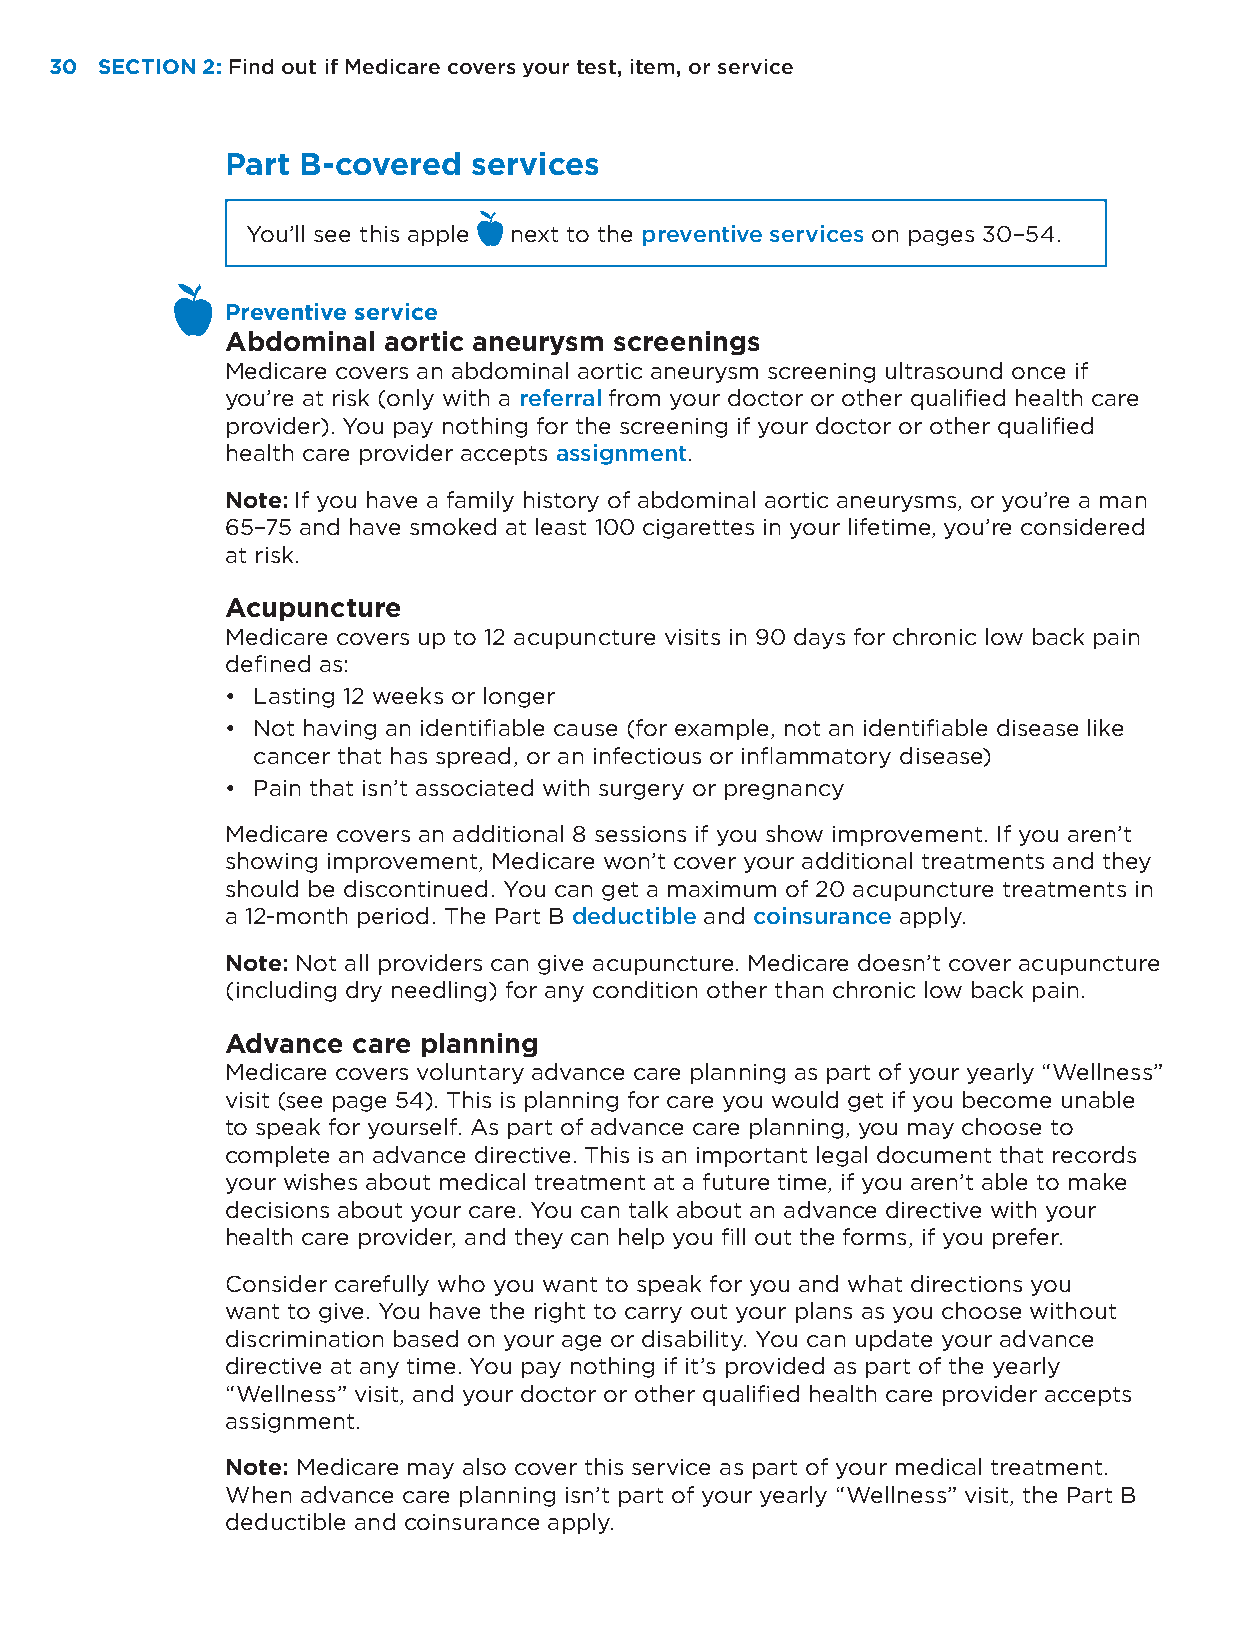
30 SECTION 2: Find out if Medicare covers your test, item, or service
 Part B-covered  services
 You’ll see this apple next to the preventive services on pages 30–54.
 Preventive service
 Abdominal aortic aneurysm screenings
 Medicare covers an abdominal aortic aneurysm screening ultrasound once if
 you’re at risk (only with a referral from your doctor or other qualified health care
 provider). You pay nothing for the screening if your doctor or other qualified
 health care provider accepts assignment.
 Note: If you have a family history of abdominal aortic aneurysms, or you’re a man
 65–75 and have smoked at least 100 cigarettes in your lifetime, you’re considered
 at risk.
 Acupuncture
 Medicare covers up to 12 acupuncture visits in 90 days for chronic low back pain
 defined as:
 • Lasting 12 weeks or longer
 • Not having an identifiable cause (for example, not an identifiable disease like
 cancer that has spread, or an infectious or inflammatory disease)
 • Pain that isn’t associated with surgery or pregnancy
 Medicare covers an additional 8 sessions if you show improvement. If you aren’t
 showing improvement, Medicare won’t cover your additional treatments and they
 should be discontinued. You can get a maximum of 20 acupuncture treatments in
 a 12-month period. The Part B deductible and coinsurance apply.
 Note: Not all providers can give acupuncture. Medicare doesn’t cover acupuncture
 (including dry needling) for any condition other than chronic low back pain.
 Advance care planning
 Medicare covers voluntary advance care planning as part of your yearly “Wellness”
 visit (see page 54). This is planning for care you would get if you become unable
 to speak for yourself. As part of advance care planning, you may choose to
 complete an advance directive. This is an important legal document that records
 your wishes about medical treatment at a future time, if you aren’t able to make
 decisions about your care. You can talk about an advance directive with your
 health care provider, and they can help you fill out the forms, if you prefer.
 Consider carefully who you want to speak for you and what directions you
 want to give. You have the right to carry out your plans as you choose without
 discrimination based on your age or disability. You can update your advance
 directive at any time. You pay nothing if it’s provided as part of the yearly
 “Wellness” visit, and your doctor or other qualified health care provider accepts
 assignment.
 Note: Medicare may also cover this service as part of your medical treatment.
 When advance care planning isn’t part of your yearly “Wellness” visit, the Part B
 deductible and coinsurance apply.